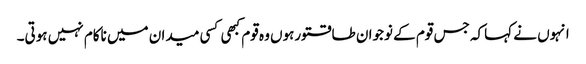
انہوں نے کہاکہ جس قوم کے نوجوان طاقتورہوں وہ قوم کبھی کسی میدان میں ناکام نہیں ہوتی۔